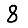
Digit: 8